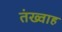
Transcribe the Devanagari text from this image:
तंख्वाह